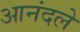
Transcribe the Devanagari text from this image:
आनंदले